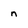
Character: n